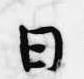
日